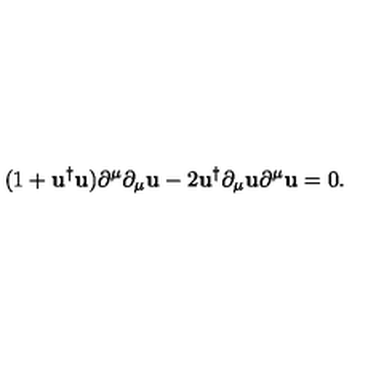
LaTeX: ( 1 + { \mathbf { u } } ^ { \dag } { \mathbf { u } } ) \partial ^ { \mu } \partial _ { \mu } { \mathbf { u } } - 2 { \mathbf { u } } ^ { \dag } \partial _ { \mu } { \mathbf { u } } \partial ^ { \mu } { \mathbf { u } } = 0 .